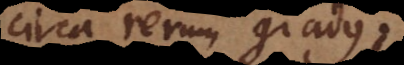
circa rerum gradus